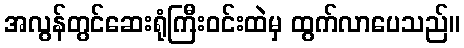
အလွန်တွင်ဆေးရုံကြီးဝင်းထဲမှ ထွက်လာပေသည်။